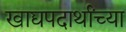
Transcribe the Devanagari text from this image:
खाद्यपदार्थांच्या